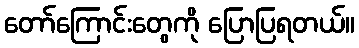
တော်ကြောင်းတွေကို ပြောပြရတယ်။